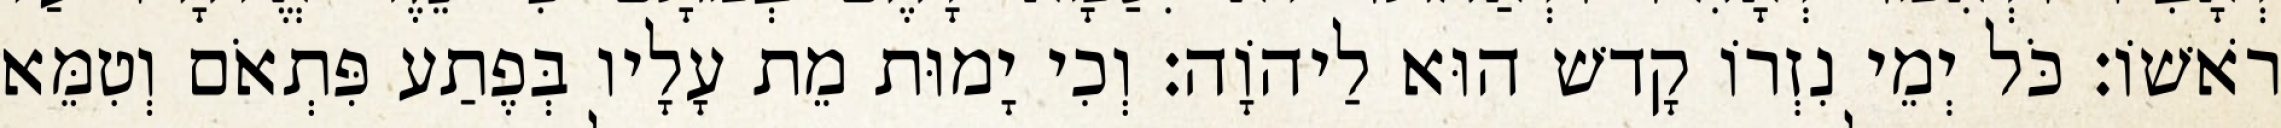
רֹאשׁוֹ׃ כֹּל יְמֵי נִזְרוֹ קָדשׁ הוּא לַיהוָֹה׃ וְכִי יָמוּת מֵת עָלָיו בְּפֶתַע פִּתְאֹם וְטִמֵּא